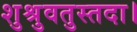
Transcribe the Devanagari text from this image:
शुश्रुवतुस्तदा।